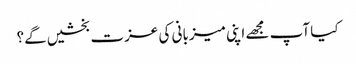
کیا آپ مجھے اپنی میزبانی کی عزت بخشیں گے؟